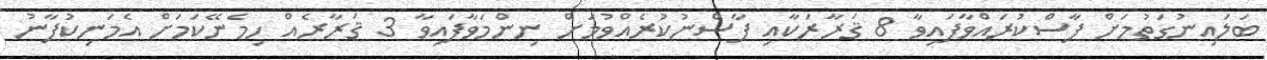
ބަލައިނުގަތުމަށް ފާސްކުރައްވާފައިވާ 8 ޤަރާރަކާއި ފާސްނުކުރެއްވުމަށް ނިންމަވާފައިވާ 3 ޤަރާރެއް ހިމެނޭކަމަށް އެމަނިކުފާނު